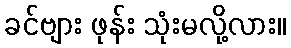
ခင်ဗျား ဖုန်း သုံးမလို့လား။